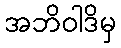
အဘိဝါဒိမှ